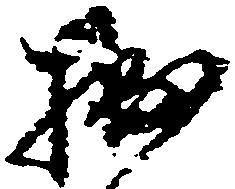
拙